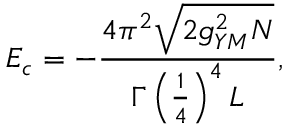
E _ { c } = - \frac { 4 \pi ^ { 2 } \sqrt { 2 g _ { Y M } ^ { 2 } N } } { \Gamma \left( \frac { 1 } { 4 } \right) ^ { 4 } L } ,